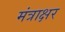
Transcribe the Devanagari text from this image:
मंत्राक्षर